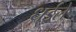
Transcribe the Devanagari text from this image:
धईले